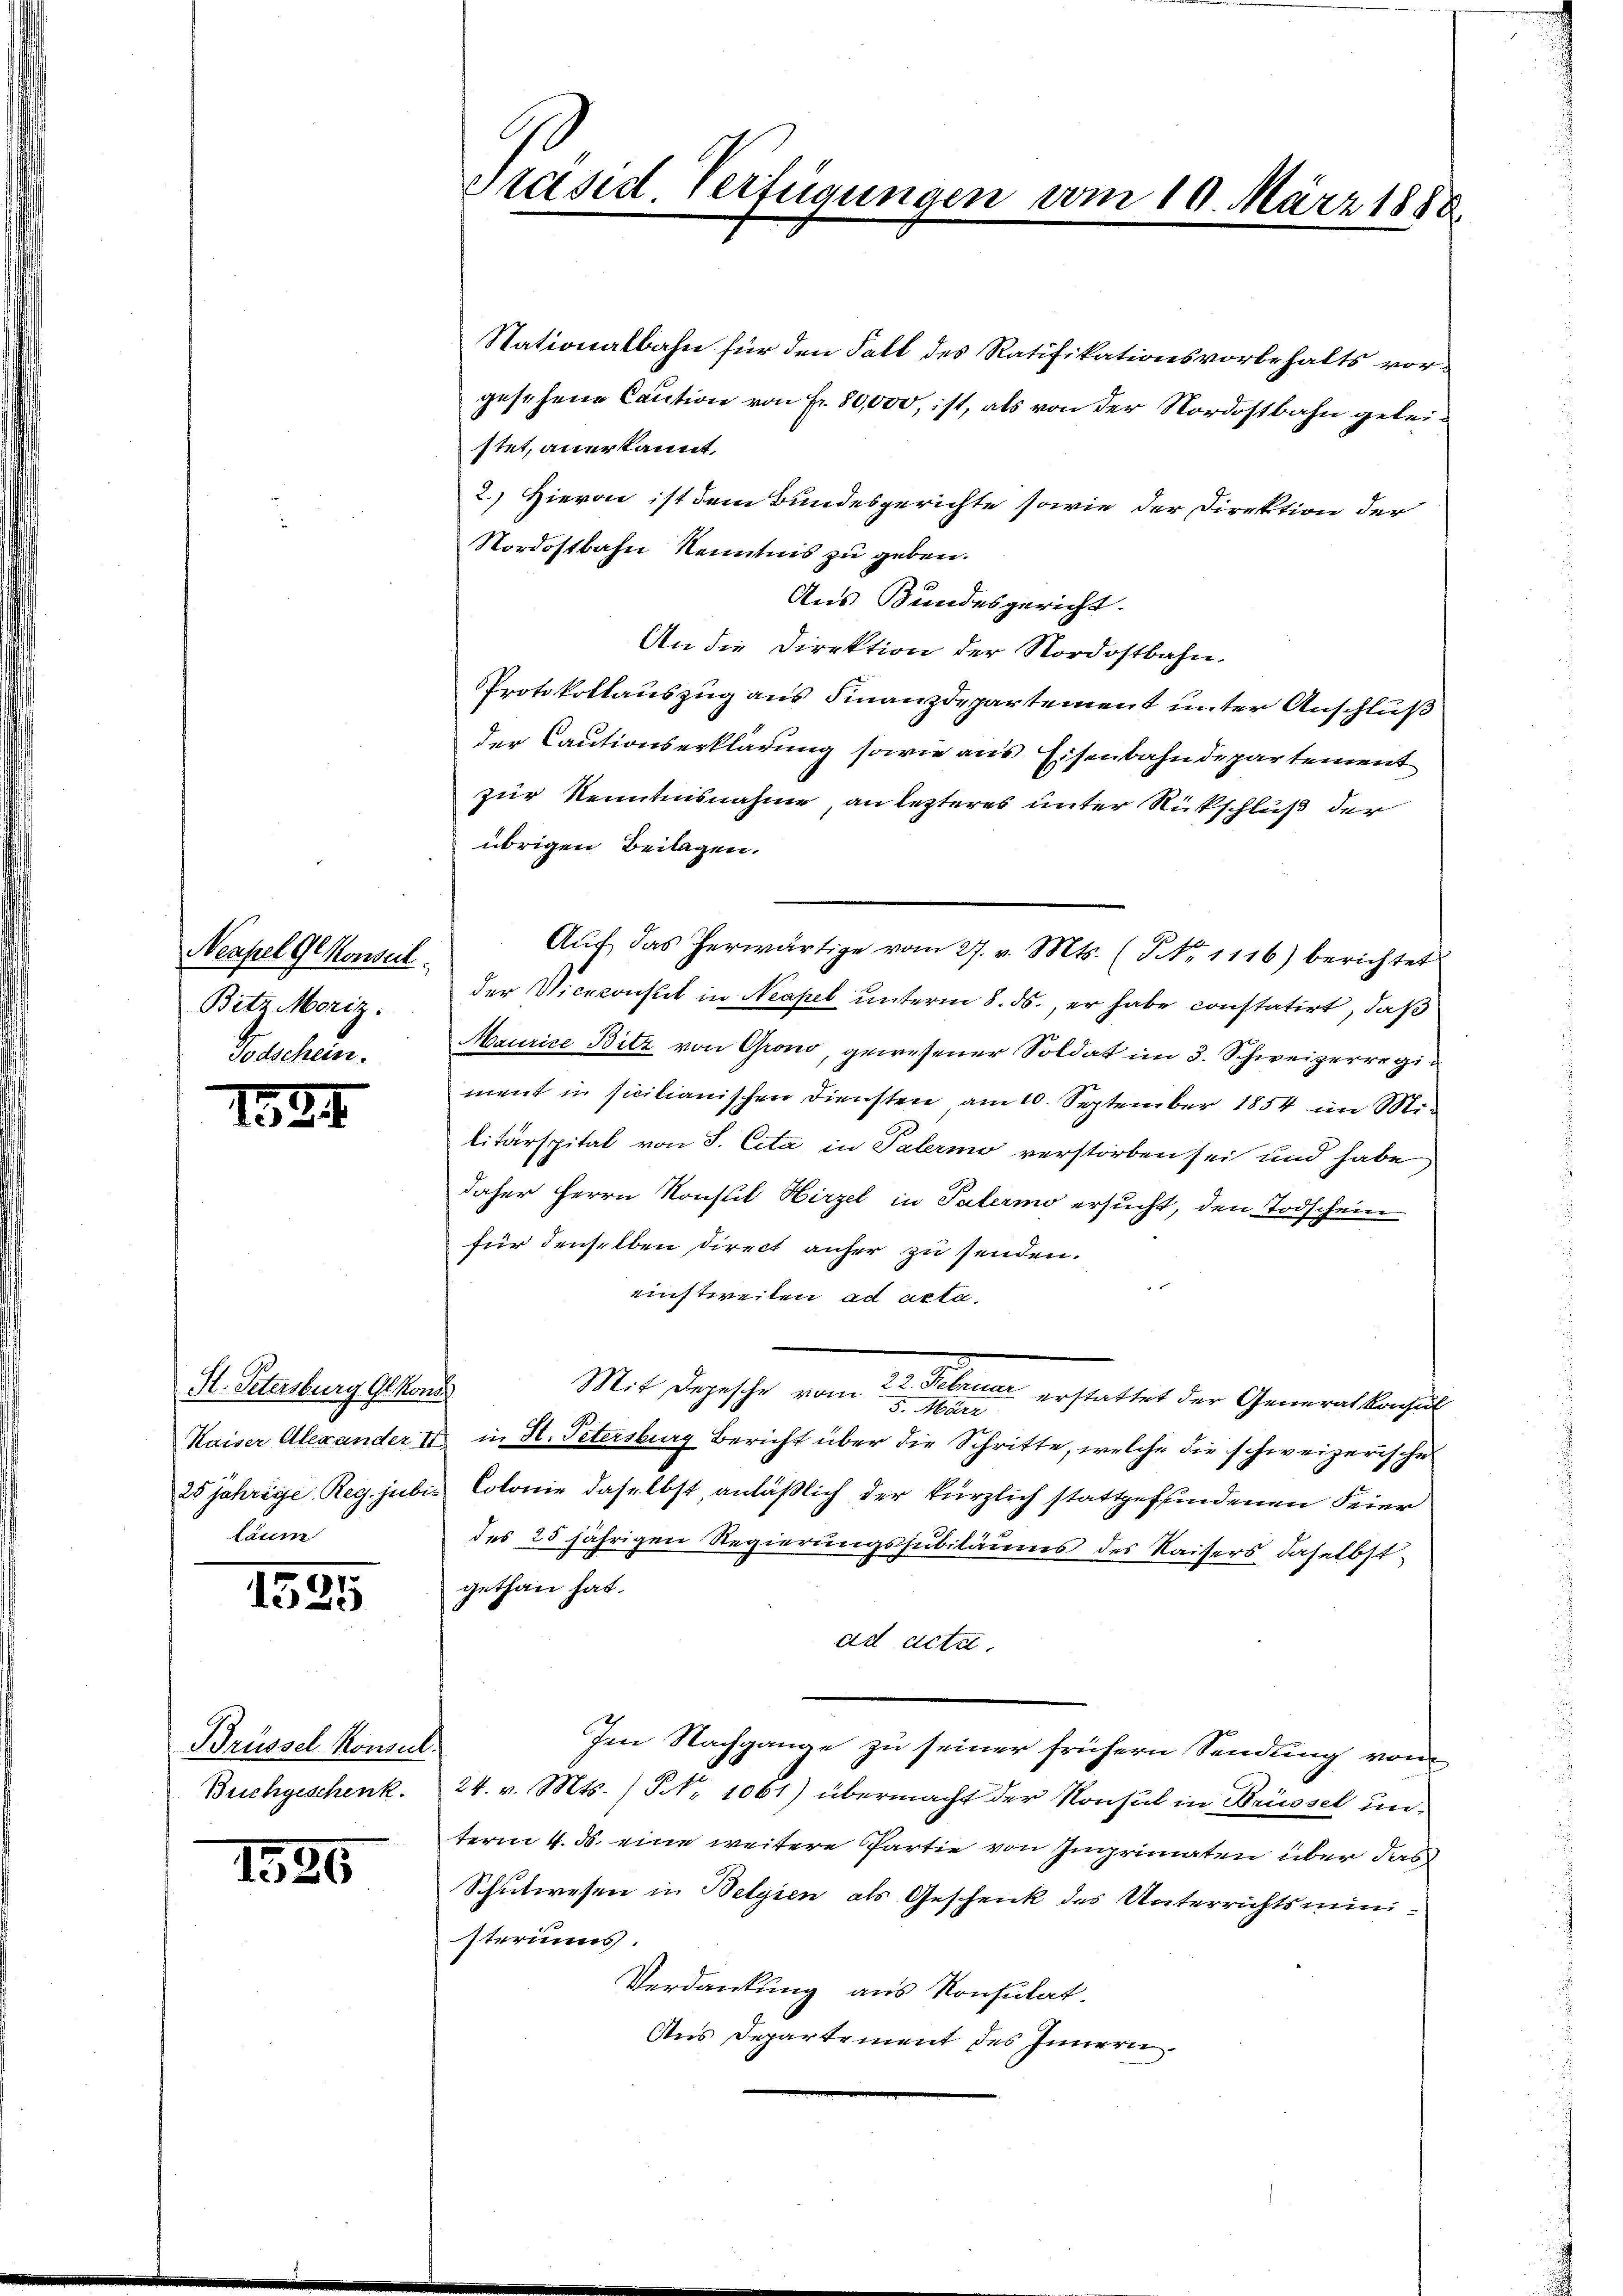
Neapel Glkonseil.
Bitz Moriz.
Todschein.

1524

H. Petersburg Gesonde
Kaiser Alexander II
25 Jahrige Reg. jubis
läum

1525

Brüssel Konsul
Buchgeschenk.

1596

Präsid. Verfügungen vom 10. März 188

Stationalbahn für den Fall des Ratifikationsvorbehalts vorgesehene Caution von Fr. 80,000, ist, als von der Nordostbahn geleistet, anerkannt,
2.) Hievon ist dem Bundesgerichte sowie der Direktion der
Nordostbahn Kenntnis zu geben.
Aus Bundesgericht.
An die Direktion der Nordostbahn.
PProtokollauszug aus Finanzdepartement unter Anschluß
der Cautionserklärung sowie aus Eisenbahndepartement
zur Kenntnisnahme an lezteres unter Rückschluß der
übrigen Beilagen.
Aŭf das herwärtige vom 27. v. Mts. (Pro. 1116) berichtet
der Vicekonsul in Neapel unterm 8. ds., er habe constatirt, daß
Maurice Bitz von Grono, gewesener Soldat im 3. Schweizerregi
ment in sicilianischen Diensten am 10. September 1854 im Militärspital von S. Cita, in Palermo verstorben sei und habe
daher Herrn Konsul Hirzel in Paterio ersucht, den Todschein
für denselben direct anher zu senden.
e
einstweilen ad acta.
Mit Depesche vom 2. Februar erstattet der Gemeinsbergel
5. März
in H. Petersburg Bericht über die Schritte, welche die schweizerische
Colonie daselbst anläßlich der kürzlich stattgefundenen Feier
des 25 jährigen Regierungssubiläums des Kaisers, daselbst,
gethan hat.
ad acta.
Im Nachgange zu seiner frühern Sendung vom
24. v. Mts. / NNo. 1061) übermacht der Konsul in Brüssel unterm 4. ds. eine weitere Partie von Imprimaten über das
Schulwesen in Belgien als Geschenk des Unterrichtsministeriums.
Verdankung aus Konsulat.
Aus Departement des Innern.